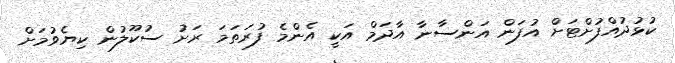
ކުޅުދުއްފުށްޓަށް އުފަން އަންސާނާ އާދަމް އަކީ އެންމެ ފުރަތަމަ ރަށު ސުކޫލުން ކިޔެވުމަށް